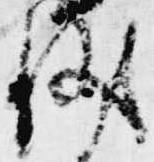
儀